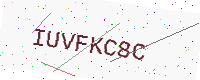
Text: IUVFKC8C